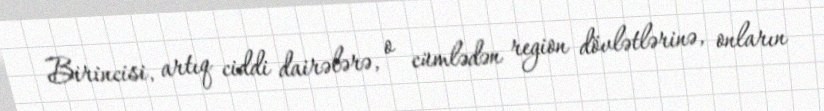
Birincisi, artıq ciddi dairələrə, o cümlədən region dövlətlərinə, onların